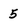
Character: 5